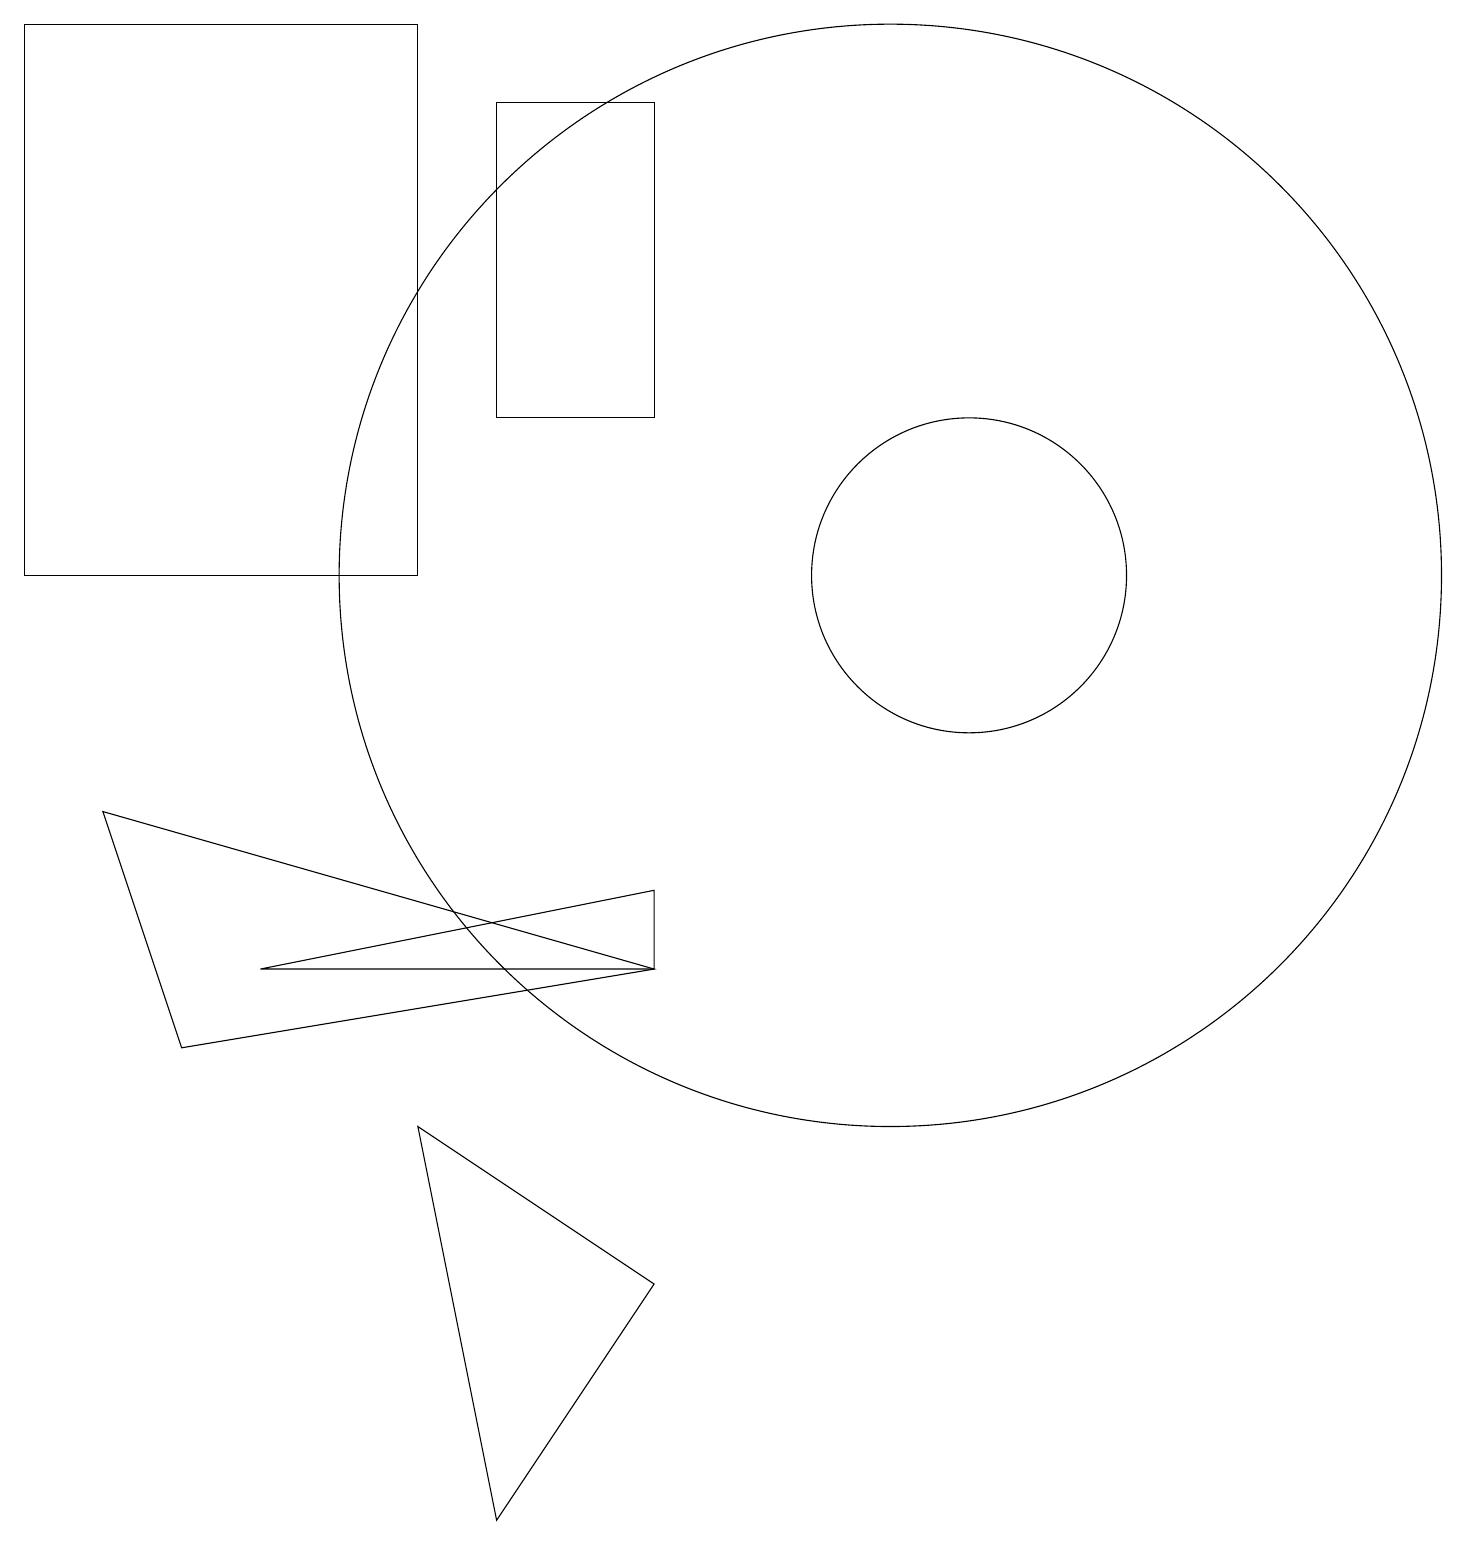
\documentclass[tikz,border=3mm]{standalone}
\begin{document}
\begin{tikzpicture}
\draw (11,12) circle (7);
\draw (8,7) -- (1,9) -- (2,6) -- cycle;
\draw (12,12) circle (2);
\draw (5,5) -- (6,0) -- (8,3) -- cycle;
\draw (5,19) rectangle (0,12);
\draw (8,14) rectangle (6,18);
\draw (8,8) -- (8,7) -- (3,7) -- cycle;
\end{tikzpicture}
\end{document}